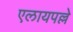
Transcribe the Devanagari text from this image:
एलायपल्ले